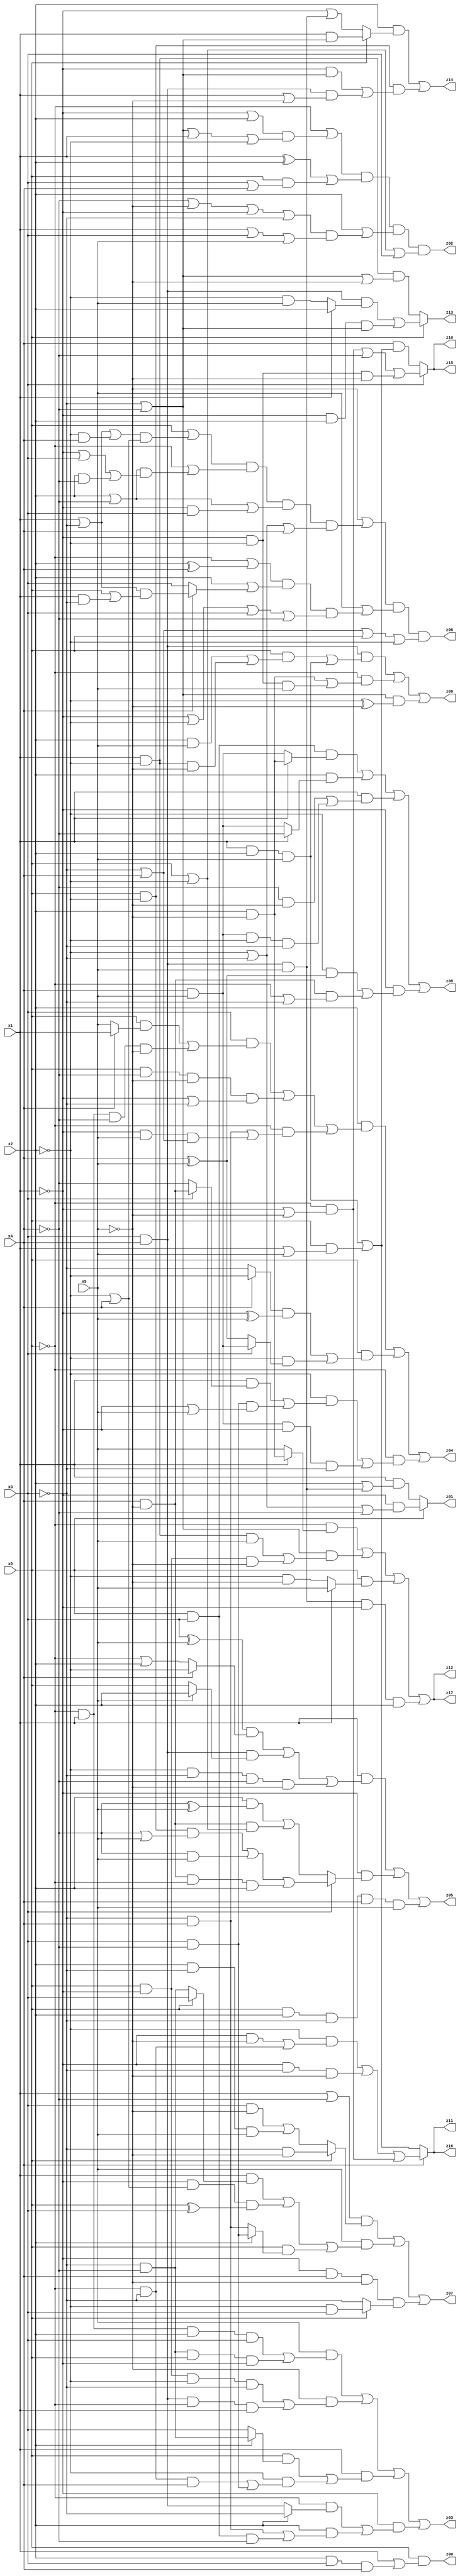
// Benchmark "q_2" written by ABC on Mon Jul 03 17:42:07 2023

module q_2 ( 
    x0, x1, x2, x3, x4, x5,
    z00, z01, z02, z03, z04, z05, z06, z07, z08, z09, z10, z11, z12, z13,
    z14, z15, z16, z17  );
  input  x0, x1, x2, x3, x4, x5;
  output z00, z01, z02, z03, z04, z05, z06, z07, z08, z09, z10, z11, z12, z13,
    z14, z15, z16, z17;
  assign z00 = x0 & (x1 | (x2 & x3 & x4));
  assign z01 = x0 ? (~x1 & (~x2 | ~x3 | ~x4)) : (x1 & (x2 | (x3 & x4 & x5)));
  assign z02 = (~x0 | ((~x1 | x2) & (~x3 | ~x4 | x1 | ~x2))) & ((x1 ^ x2) | (x0 & (x3 | x4))) & (x2 | ((~x4 | ~x5 | ~x1 | ~x3) & (x1 | x3 | x5))) & (x0 | ~x2 | x3);
  assign z03 = (x5 & ((~x0 & x1 & x2 & x3) | (~x3 & ~x4 & x0 & ~x1))) | (~x5 & ((x0 & ~x1 & ~x2 & ~x3) | (x3 & x4 & ~x0 & x1))) | (x1 & ((x0 & (x2 ? (~x3 & ~x4) : x3)) | (~x2 & ((~x0 & ~x3 & x4) | (x3 & ~x4))))) | (~x1 & ((~x0 & (x2 ? ~x3 : (x3 & x4))) | (x2 & ((~x3 & x4) | (x0 & x3 & ~x4)))));
  assign z04 = (x2 & ((x3 & ((x0 & (x4 ? x1 : x5)) | (~x0 & x1 & ~x4 & ~x5))) | (x0 & ~x4 & ~x5 & (~x1 | ~x3)) | (~x0 & ((~x3 & x4) | (~x1 & x5 & (~x3 | x4)))))) | (x0 & (((x4 ? ~x2 : ~x3) & (~x1 ^ x5)) | (~x2 & (x3 ? (x4 & x5) : (x4 ^ x5))))) | (~x0 & ((~x2 & ((x1 & (x3 ? (x4 & ~x5) : ~x4)) | (x3 & ~x4 & (~x1 | x5)))) | (x4 & x5 & ~x1 & ~x3)));
  assign z05 = (x1 & (((x3 ^ x5) & (x4 ? ~x2 : (~x0 | x2))) | (x3 & x4 & (x5 ? x2 : x0)) | (~x2 & ~x3 & ~x4 & ~x5))) | (~x1 & (x3 ? ((x0 & ~x2 & (~x4 | x5)) | (~x4 & x5) | (x4 & ~x5 & ~x0 & x2)) : ((x2 & (~x4 ^ x5)) | (x4 & ~x5 & (x0 | ~x2))))) | (x0 & x2 & ~x3 & x4 & x5);
  assign z06 = (~x5 | ((x0 | ((x1 | ~x3 | (~x2 & x4)) & (~x2 | x4))) & (~x0 | ((x2 | ~x4) & (~x1 | x3 | (x2 & ~x4)))) & (x2 | ~x4 | (~x1 & x3)) & (~x2 | ~x3 | x4))) & (x5 | ((~x0 | (x2 ^ x4)) & (x2 | (x4 ? ((x1 | ~x3) & (x0 | (x1 & ~x3))) : x3)) & (~x1 | ~x2 | x3 | ~x4))) & (~x3 | x4 | x0 | ~x2);
  assign z07 = ((x1 | ~x4) & (x0 ? (~x3 & ~x5) : ((x3 & ~x5) | (x2 & ~x3 & x5)))) | (x5 & ((x1 & (x0 ? x3 : (~x3 & ~x4))) | (~x1 & (~x2 | x4) & (x0 ^ x3)) | (x0 & (x2 ? (x3 & ~x4) : (~x3 & x4))))) | (~x1 & x4 & ~x5 & (x0 ? (~x2 & x3) : ~x3));
  assign z08 = (x0 & x3 & (x1 ? (x2 & ~x5) : (x4 & x5))) | (x2 & (x1 ? ~x4 : (x4 & x5))) | (x1 & ((~x4 & ~x5) | (x4 & x5 & ~x2 & ~x3))) | (~x1 & ((~x2 & (x4 ^ x5)) | (x4 & ~x5 & (~x0 | ~x3))));
  assign z09 = (x3 & x4 & ((x0 & ((x2 & x5) | (x1 & ~x2 & ~x5))) | (x1 & x2 & x5))) | (~x0 & ((x2 & ~x5) | (~x1 & ~x2 & x5))) | ((~x3 | ~x4) & (~x2 ^ ~x5));
  assign z10 = x3 ? ((~x0 & (~x1 | ~x5)) | ~x4 | (~x1 & ~x2 & ~x5)) : (x4 & ((x1 & x2 & x5) | (x0 & (x1 | x5))));
  assign z11 = x4 ? ((~x2 & ((~x1 & ~x5) | (~x0 & ~x3))) | (~x1 & ~x3 & ~x5) | (~x0 & (~x1 | ~x5))) : ((x1 & x2 & x5) | (x0 & (x1 | x5)));
  assign z12 = (~x0 & (x1 ? (x2 & ~x5) : x5)) | ((~x3 | ~x4) & ((x1 & ~x2 & x5) | (x0 & ~x1 & ~x5))) | (x0 & (x1 ? x5 : (~x2 & ~x5))) | (x3 & x4 & x5 & ~x1 & x2);
  assign z13 = x0 ? ((x3 & x4 & (x1 ? x2 : (~x2 & x5))) | (~x1 & x2 & (~x3 | ~x4))) : (x1 & ~x2 & (~x3 | ~x4 | ~x5));
  assign z14 = (x2 & (x0 ? (x1 & (~x3 | ~x4)) : (~x1 | (x3 & x4 & x5)))) | (x0 & ~x2 & ((~x1 & (~x3 | ~x4)) | (x3 & x4 & (x1 | ~x5))));
  assign z15 = x3 ? ((~x0 & (~x1 | ~x5)) | ~x4 | (~x1 & ~x2 & ~x5)) : (x4 & ((x1 & x2 & x5) | (x0 & (x1 | x5))));
  assign z16 = x4 ? ((~x2 & ((~x1 & ~x5) | (~x0 & ~x3))) | (~x1 & ~x3 & ~x5) | (~x0 & (~x1 | ~x5))) : ((x1 & x2 & x5) | (x0 & (x1 | x5)));
  assign z17 = (~x0 & (x1 ? (x2 & ~x5) : x5)) | ((~x3 | ~x4) & ((x1 & ~x2 & x5) | (x0 & ~x1 & ~x5))) | (x0 & (x1 ? x5 : (~x2 & ~x5))) | (x3 & x4 & x5 & ~x1 & x2);
endmodule